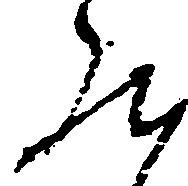
然